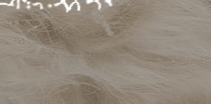
مركز تجاري كبير يجمع أفضل